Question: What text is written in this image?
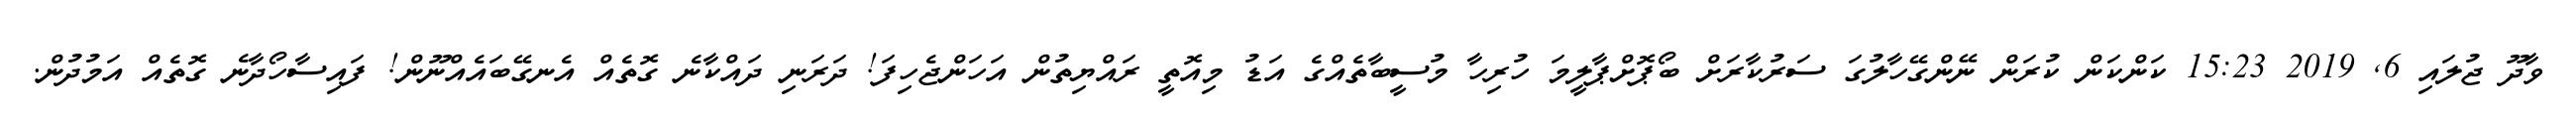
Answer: ވާދޫ ޖުލައި 6, 2019 15:23 ކަންކަން ކުރަން ނޭންގޭހާލުގަ ސަރުކާރަށް ބޯޕޮށްޕާލީމަ ހުރިހާ މުސީބާތެއްގެ އަޑު މިއޮތީ ރައްޔިތުން އަހަންޖެހިފަ! ދަރަނި ދައްކާނެ ގޮތެއް އެނގޭބައެއްނޫން! ފައިސާހޯދާނެ ގޮތެއް އަމުދުން.